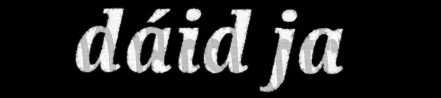
dáid ja